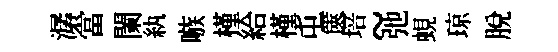
潺當闌紈嗾槿給槿屯篋培~弛蜆琼脫